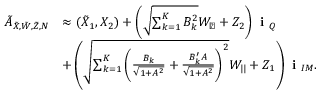
\begin{array} { r l } { \tilde { A } _ { { { \tilde { X } } } , \tilde { W } , \tilde { Z } , N } } & { \approx ( { { { \tilde { X } } } _ { 1 } } , { { X } _ { 2 } } ) + \left( \sqrt { \sum _ { k = 1 } ^ { K } B _ { k } ^ { 2 } } { { W _ { \perp } } } + { Z _ { 2 } } \right) \textbf { i } _ { Q } } \\ & { + \left( \sqrt { { \sum _ { k = 1 } ^ { K } \bigg ( \frac { B _ { k } } { \sqrt { 1 + A ^ { 2 } } } + \frac { B _ { k } ^ { \prime } A } { \sqrt { 1 + A ^ { 2 } } } \bigg ) ^ { 2 } } } { { W _ { | | } } } + { Z _ { 1 } } \right) \textbf { i } _ { I M } . } \end{array}